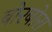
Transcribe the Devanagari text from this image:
बोरबोरा